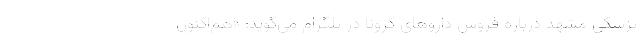
پزشکی مشهد درباره فروش داروهای کرونا در تلگرام می‌گوید: «هم‌اکنون